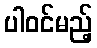
ပါဝင်မည့်